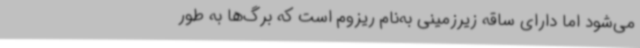
می‌شود اما دارای ساقه زیرزمینی به‌نام ریزوم است که برگ‌ها به طور